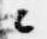
々